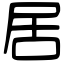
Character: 居